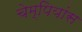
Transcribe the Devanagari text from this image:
चेम्पियांस